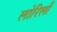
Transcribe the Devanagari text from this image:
लोरिली